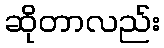
ဆိုတာလည်း